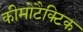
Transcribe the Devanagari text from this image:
कीमोटैक्टिक